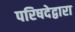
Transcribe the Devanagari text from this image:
परिषदेद्वारा